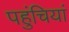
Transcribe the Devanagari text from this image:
पहुंचियां